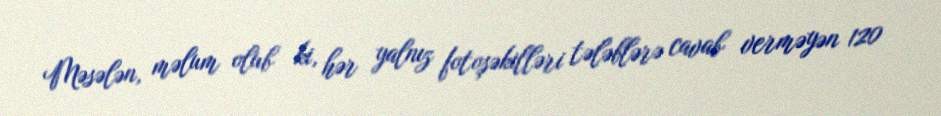
Məsələn, məlum olub ki, hər yalnız fotoşəkilləri tələblərə cavab verməyən 120